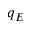
q _ { E }